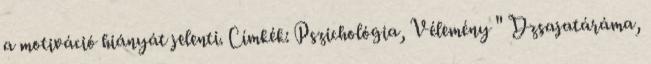
a motiváció hiányát jelenti. Címkék: Pszichológia, Vélemény " Dzsajatáráma,